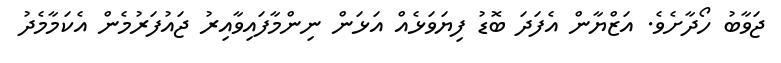
ޖަވާބު ހޯދާށެވެ. އަޒްޔާން އެފަދަ ބޮޑު ފިޔަވަޅެއް އަޅަން ނިންމާފައިވާއިރު ޖައުފަރުމެން އެކަމާމެދު